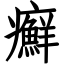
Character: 癬